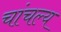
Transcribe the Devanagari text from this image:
चांचल्य